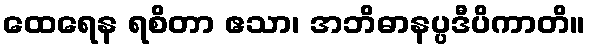
ထေရေန ရစိတာ ဧသာ၊ အဘိဓာနပ္ပဒီပိကာတိ။